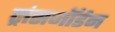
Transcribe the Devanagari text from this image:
ट्रांसजॉर्डन